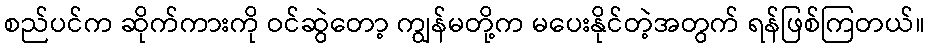
စည်ပင်က ဆိုက်ကားကို ဝင်ဆွဲတော့ ကျွန်မတို့က မပေးနိုင်တဲ့အတွက် ရန်ဖြစ်ကြတယ်။